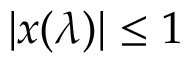
| x ( \lambda ) | \le 1